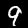
Digit: 9